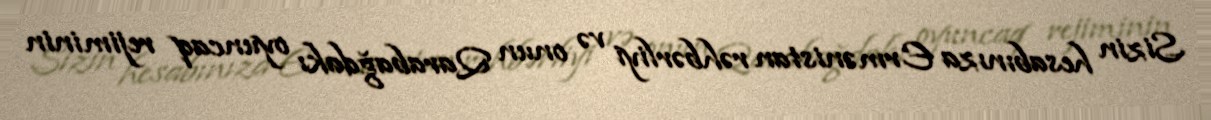
Sizin hesabınıza Ermənistan rəhbərliyi və onun Qarabağdakı oyuncaq rejiminin